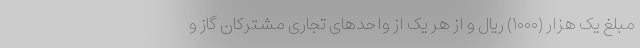
مبلغ یک هزار (۱۰۰۰) ریال و از هر یک از واحدهای تجاری مشترکان گاز و